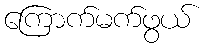
ကြောက်မက်ဖွယ်